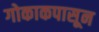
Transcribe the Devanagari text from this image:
गोकाकपासून